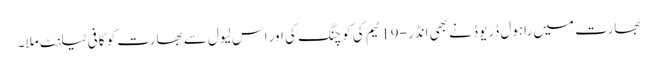
بھارت میں راہول ڈریوڈ نے بھی انڈر-19 ٹیم کی کوچنگ کی اور اس لیول سے بھارت کو کافی ٹیلنٹ ملا۔